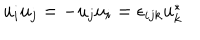
u _ { i } u _ { j } = - u _ { j } u _ { i } = \epsilon _ { i j k } u _ { k } ^ { * }